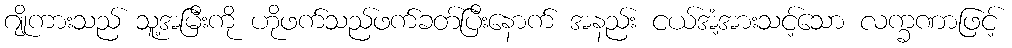
ဂျိုကားသည် သူ့အမြီးကို ဟိုဖက်သည်ဖက်ခတ်ပြီးနောက် အနည်း ငယ်အံ့အားသင့်သော လက္ခဏာဖြင့်